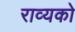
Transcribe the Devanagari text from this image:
राव्यको